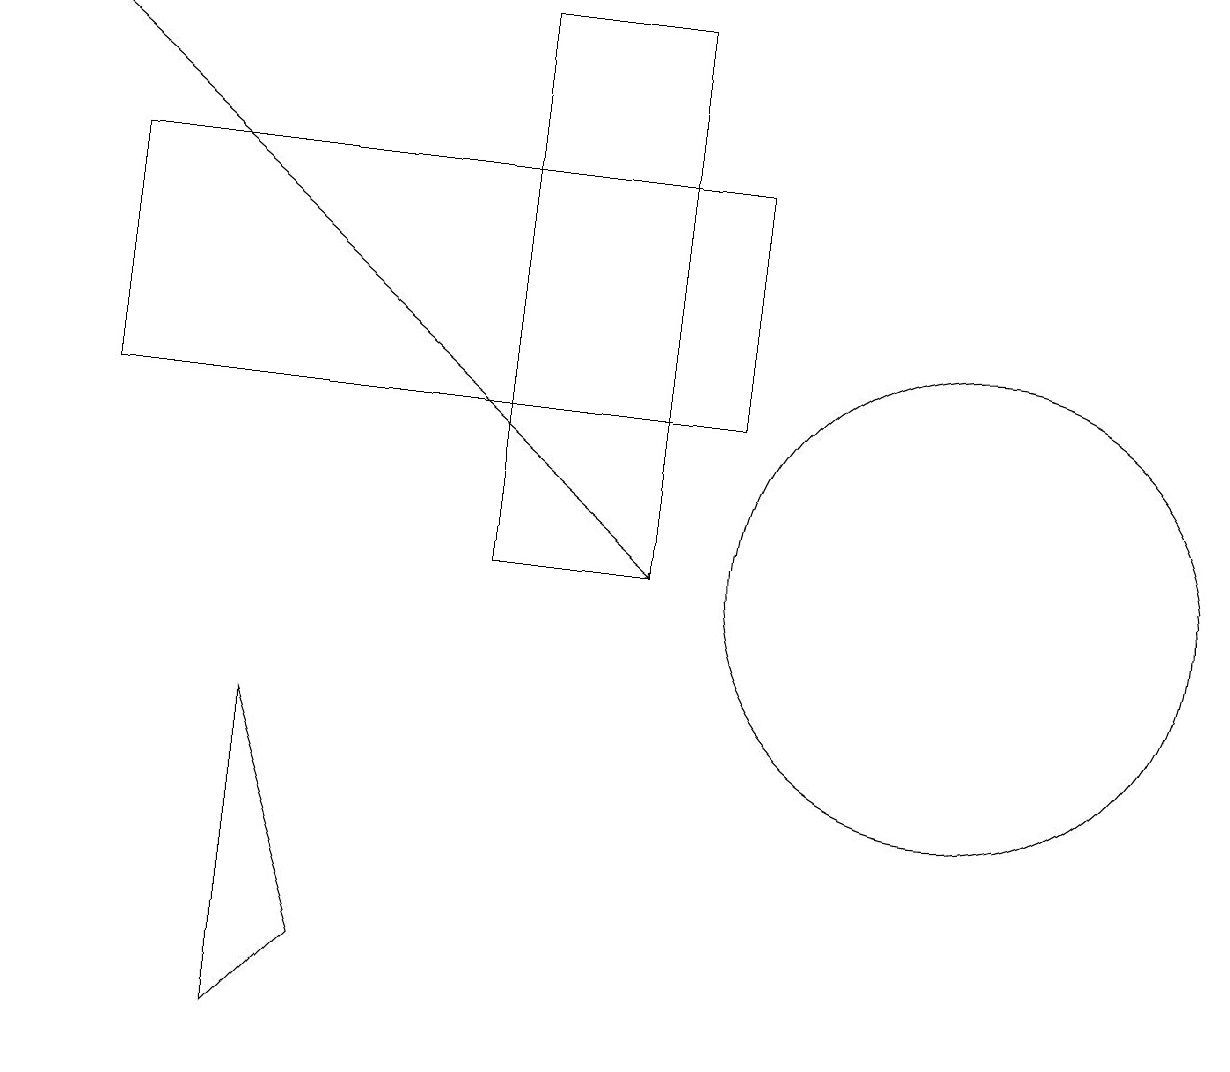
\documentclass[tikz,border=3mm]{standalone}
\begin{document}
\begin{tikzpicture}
\draw (8,18) rectangle (6,11);
\draw[->] (0,18) -- (8,11);
\draw (4,6) -- (3,9) -- (3,5) -- cycle;
\draw (9,13) rectangle (1,16);
\draw (12,11) circle (3);
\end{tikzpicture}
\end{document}